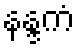
နန္ဒကံ